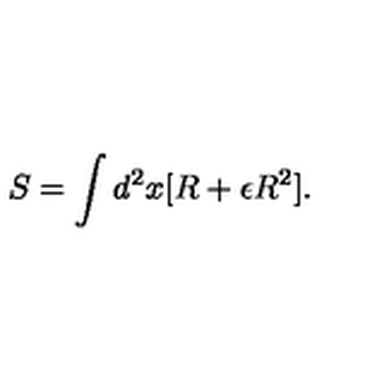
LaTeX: S = \int d ^ { 2 } x [ R + \epsilon R ^ { 2 } ] .